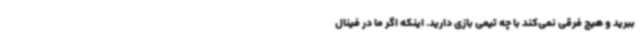
ببرید و هیچ فرقی نمی‌کند با چه تیمی بازی دارید. اینکه اگر ما در فینال